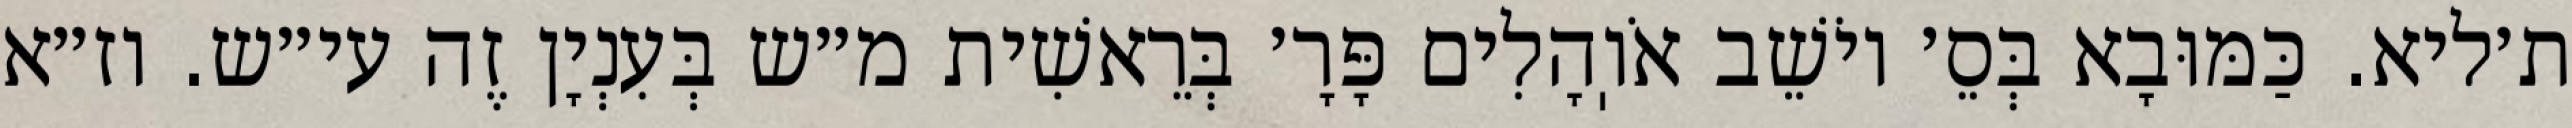
ת׳ליא. כַּמּוּבָא בְּסֵ׳ יוֹשֵׁב אֹוֽהָלִים פָּרָ׳ בְּרֵאשִׁית מ״ש בְּעִנְיָן זֶה עי״ש. וז״א